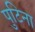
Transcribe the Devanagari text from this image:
पुटिना